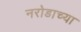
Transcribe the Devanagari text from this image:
नरोडाच्या